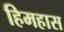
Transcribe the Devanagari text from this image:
हिमहास